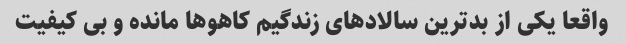
واقعا یکی از بدترین سالادهای زندگیم کاهوها مانده و بی کیفیت